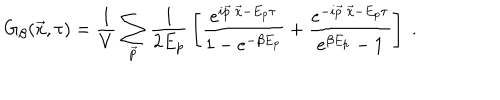
LaTeX: G _ { \beta } ( \vec { x } , \tau ) = { \frac { 1 } { V } } \sum _ { \vec { p } } { \frac { 1 } { 2 E _ { p } } } \left[ { \frac { e ^ { i \vec { p } \cdot \vec { x } - E _ { p } \tau } } { 1 - e ^ { - \beta E _ { p } } } } + { \frac { e ^ { - i \vec { p } \cdot \vec { x } - E _ { p } \tau } } { e ^ { \beta E _ { p } } - 1 } } \right] \; .